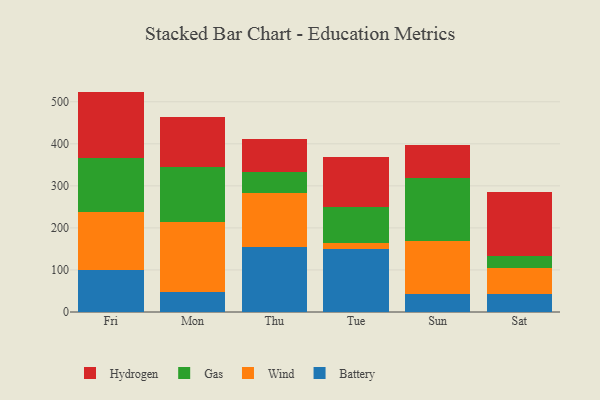
{"axis": {"x": "Day", "y": "Satisfaction Score"}, "legend": ["Battery", "Gas", "Hydrogen", "Wind"], "data": [{"x": "Fri", "y": 99.4, "type": "Battery"}, {"x": "Fri", "y": 139.6, "type": "Wind"}, {"x": "Fri", "y": 126.2, "type": "Gas"}, {"x": "Fri", "y": 159.0, "type": "Hydrogen"}, {"x": "Mon", "y": 48.3, "type": "Battery"}, {"x": "Mon", "y": 166.3, "type": "Wind"}, {"x": "Mon", "y": 130.5, "type": "Gas"}, {"x": "Mon", "y": 119.2, "type": "Hydrogen"}, {"x": "Thu", "y": 155.1, "type": "Battery"}, {"x": "Thu", "y": 127.4, "type": "Wind"}, {"x": "Thu", "y": 51.3, "type": "Gas"}, {"x": "Thu", "y": 78.2, "type": "Hydrogen"}, {"x": "Tue", "y": 149.3, "type": "Battery"}, {"x": "Tue", "y": 15.6, "type": "Wind"}, {"x": "Tue", "y": 84.1, "type": "Gas"}, {"x": "Tue", "y": 119.2, "type": "Hydrogen"}, {"x": "Sun", "y": 43.3, "type": "Battery"}, {"x": "Sun", "y": 125.9, "type": "Wind"}, {"x": "Sun", "y": 149.2, "type": "Gas"}, {"x": "Sun", "y": 78.2, "type": "Hydrogen"}, {"x": "Sat", "y": 41.9, "type": "Battery"}, {"x": "Sat", "y": 63.6, "type": "Wind"}, {"x": "Sat", "y": 28.4, "type": "Gas"}, {"x": "Sat", "y": 150.4, "type": "Hydrogen"}]}